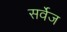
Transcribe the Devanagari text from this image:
सर्वेज